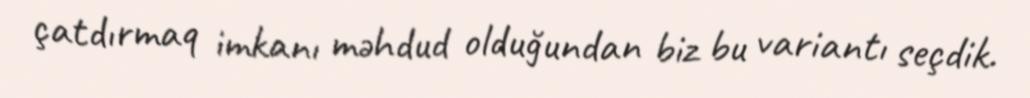
çatdırmaq imkanı məhdud olduğundan biz bu variantı seçdik.